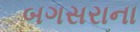
બગસરાના